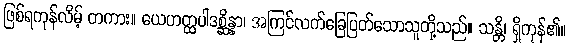
ဖြစ်ရကုန်လိမ့် တကား။ ယေဟတ္ထပါဒစ္ဆိန္နာ၊ အကြင်လက်ခြေပြတ်သောသူတို့သည်။ သန္တိ၊ ရှိကုန်၏။